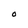
Character: O